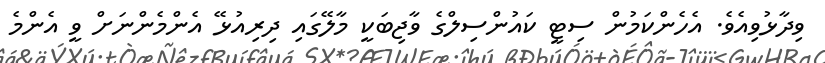
ވިދާޅުވިއެވެ. އެހެންކަމުން ސިޓީ ކައުންސިލްގެ ވާޖިބަކީ މާލޭގައި ދިރިއުޅޭ އެންމެންނަށް ވީ އެންމެ